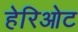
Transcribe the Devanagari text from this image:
हेरिओट